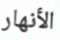
الأنهار